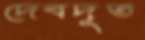
দেবদূত